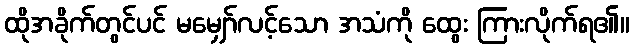
ထိုအခိုက်တွင်ပင် မမျှော်လင့်သော အသံကို ထွေး ကြားလိုက်ရ၏။